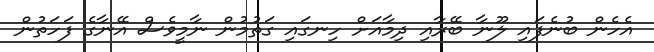
އެހެން ބުނެފައި ލޫނާ ބޭރާއި ދިމާއަށް ހިނގައި ގަތުމުން ނާމީވެސް އޭނާގެ ފަހަތުން